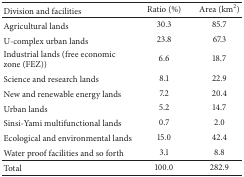
<table><thead><tr><td><b>Division and facilities</b></td><td><b>Ratio (%)</b></td><td><b>Area (km<sup>2</sup>)</b></td></tr></thead><tbody><tr><td>Agricultural lands</td><td>30.3</td><td>85.7</td></tr><tr><td>U-complex urban lands</td><td>23.8</td><td>67.3</td></tr><tr><td>Industrial lands (free economic zone (FEZ))</td><td>6.6</td><td>18.7</td></tr><tr><td>Science and research lands</td><td>8.1</td><td>22.9</td></tr><tr><td>New and renewable energy lands</td><td>7.2</td><td>20.4</td></tr><tr><td>Urban lands</td><td>5.2</td><td>14.7</td></tr><tr><td>Sinsi-Yami multifunctional lands</td><td>0.7</td><td>2.0</td></tr><tr><td>Ecological and environmental lands</td><td>15.0</td><td>42.4</td></tr><tr><td>Water proof facilities and so forth</td><td>3.1</td><td>8.8</td></tr><tr><td>Total</td><td>100.0</td><td>282.9</td></tr></tbody></table>